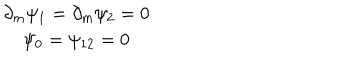
\begin{array} { c } { { \partial _ { m } \psi _ { 1 } = \partial _ { m } \psi _ { 2 } = 0 } } \\ { { \psi _ { 0 } = \psi _ { 1 2 } = 0 } } \\ \end{array}